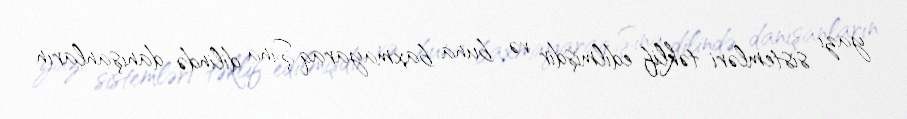
yazı sistemləri təklif edilmişdir və buna baxmayaraq Şina dilində danışanların